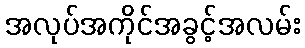
အလုပ်အကိုင်အခွင့်အလမ်း